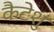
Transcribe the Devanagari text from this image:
कैटेशु